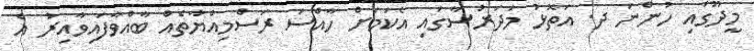
މީދޫގައި ހުންނަ ދ. އަތޮޅު މަދަރުސާގައި އެކަމަށް ހާއްސަ ރަސްމިއްޔާތެއް ބާއްވާފައިވާއިރު އެ